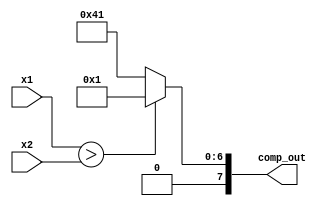
module comp_n(x1,x2,comp_out);
parameter n=7;
input [n:0]x1,x2;
output reg [n:0]comp_out;
always@(x1 or x2)
begin
   if(x1>x2)
      comp_out=7'b0000001;
   else
      comp_out=7'b1000001;
end
endmodule